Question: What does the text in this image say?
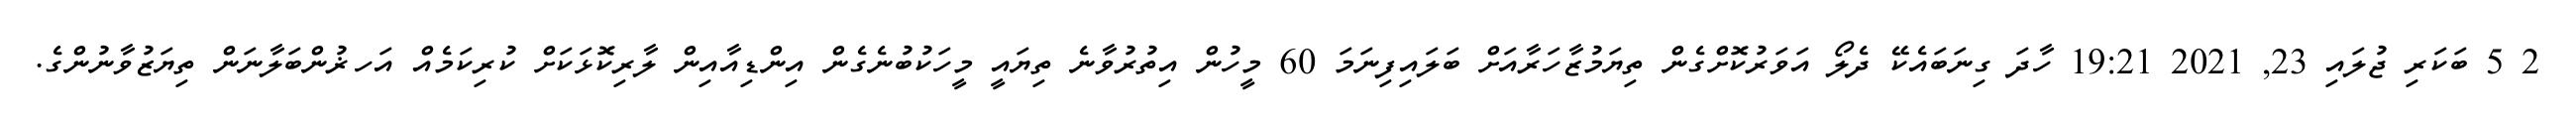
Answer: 2 5 ބަކަރި ޖުލައި 23, 2021 19:21 ހާދަ ގިނަބައެކޭ ދެލޯ އަވަރުކޮށްގެން ތިޔަމުޒާހަރާއަށް ބަލައިފިނަމަ 60 މީހުން އިތުރުވާނެ ތިޔައީ މީހަކުބުނެގެން އިންޑިއާއިން ލާރިކޮޅަކަށް ކުރިކަމެއް އަހޜުންބަލާނަން ތިޔަޒުވާނުންގެ.